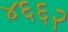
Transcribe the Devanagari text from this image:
४६६२